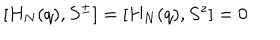
LaTeX: [ H _ { N } ( q ) , S ^ { \pm } ] = [ H _ { N } ( q ) , S ^ { z } ] = 0